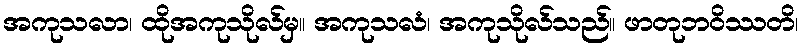
အကုသလာ၊ ထိုအကုသိုလ်မှ။ အကုသလံ၊ အကုသိုလ်သည်။ ဖာတုဘဝိဿတိ၊